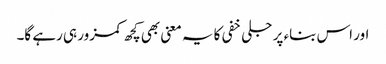
اور اس بناء پر جلی خفی کا یہ معنی بھی کچھ کمزور ہی رہے گا۔